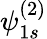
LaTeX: \psi_{1s}^{(2)}